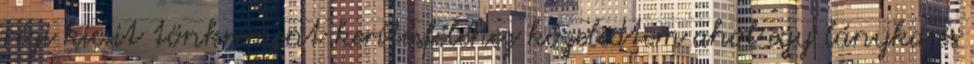
régi kicsit tönkrement kerítésféléhez közeledtem ahol egy lányka és